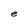
Character: e